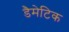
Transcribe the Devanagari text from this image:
डैमेटिक